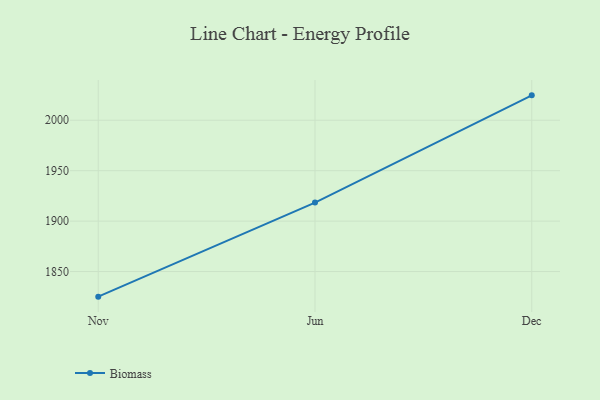
{"axis": {"x": "Month", "y": "Waste Production (Tons)"}, "legend": ["Biomass"], "data": [{"x": "Nov", "y": 1825.1, "type": "Biomass"}, {"x": "Jun", "y": 1918.4, "type": "Biomass"}, {"x": "Dec", "y": 2024.7, "type": "Biomass"}]}